Indian journal of veterinary science and animal husbandry - Volume 9,
Year: 1939
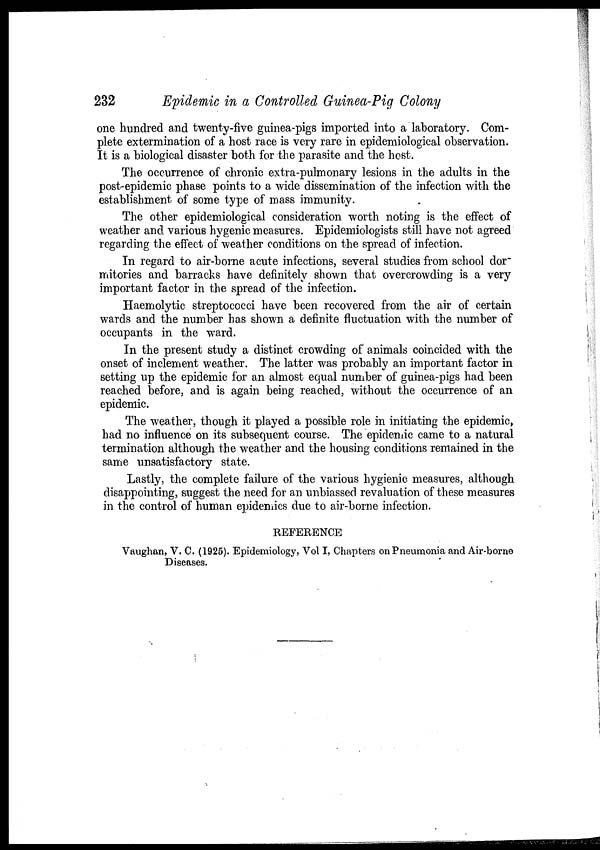
232
Epidemic in a Controlled Guinea-Pig Colony
one hundred and twenty-five guinea-pigs imported into a laboratory. Com-
plete extermination of a host race is very rare in epidemiological observation.
It is a biological disaster both for the parasite and the host.
The occurrence of chronic extra-pulmonary lesions in the adults in the
post-epidemic phase points to a wide dissemination of the infection with the
establishment of some type of mass immunity.
The other epidemiological consideration worth noting is the effect of
weather and various hygenic measures. Epidemiologists still have not agreed
regarding the effect of weather conditions on the spread of infection.
In regard to air-borne acute infections, several studies from school dor-
mitories and barracks have definitely shown that overcrowding is a very
important factor in the spread of the infection.
Haemolytic streptococci have been recovered from the air of certain
wards and the number has shown a definite fluctuation with the number of
occupants in the ward.
In the present study a distinct crowding of animals coincided with the
onset of inclement weather. The latter was probably an important factor in
setting up the epidemic for an almost equal number of guinea-pigs had been
reached before, and is again being reached, without the occurrence of an
epidemic.
The weather, though it played a possible role in initiating the epidemic,
had no influence on its subsequent course. The epidemic came to a natural
termination although the weather and the housing conditions remained in the
same unsatisfactory state.
Lastly, the complete failure of the various hygienic measures, although
disappointing, suggest the need for an unbiassed revaluation of these measures
in the control of human epidemics due to air-borne infection.
REFERENCE
Vaughan, V. C. (1925). Epidemiology, Vol I, Chapters on Pneumonia and Air-borne
Diseases.